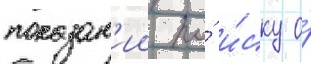
показан'ии по́ и́ску о́